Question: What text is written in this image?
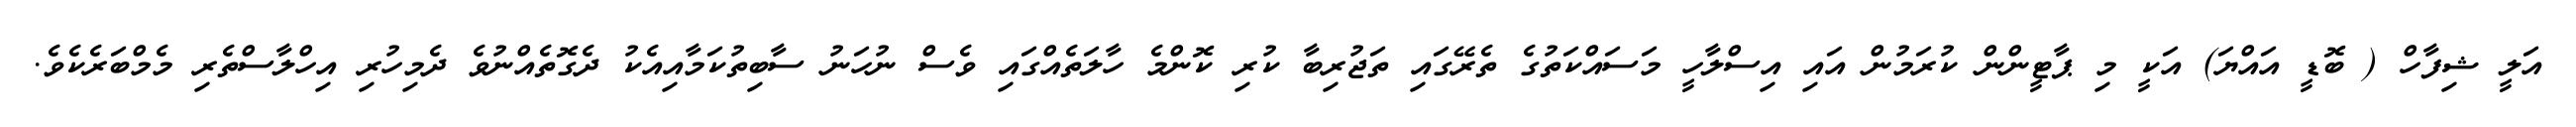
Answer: އަލީ ޝިފާހް ( ބޮޑީ އައްޔަ) އަކީ މި ޕާޓީންން ކުރަމުން އައި އިސްލާހީ މަސައްކަތުގެ ތެރޭގައި ތަޖުރިބާ ކުރި ކޮންމެ ހާލަތެއްގައި ވެސް ނުހަނު ސާބިތުކަމާއިއެކު ދެގޮތެއްނުވެ ދެމިހުރި އިހްލާސްތެރި މެމްބަރެކެވެ.